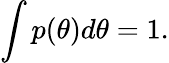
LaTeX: \int p(\theta)d\theta=1.